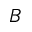
_ B